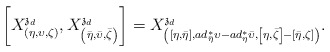
\begin{align*}\left[ X_{\left( \eta ,\upsilon ,\zeta \right) }^{\mathfrak{z}_{d}},X_{\left( \bar{\eta},\bar{\upsilon},\bar{\zeta}\right) }^{\mathfrak{z}_{d}}\right] =X_{\left( \left[ \eta ,\bar{\eta}\right] ,ad_{\bar{\eta}}^{\ast }\upsilon -ad_{\eta }^{\ast }\bar{\upsilon},\left[ \eta ,\bar{\zeta}\right] -\left[ \bar{\eta},\zeta \right] \right)}^{\mathfrak{z}_{d}}. \end{align*}